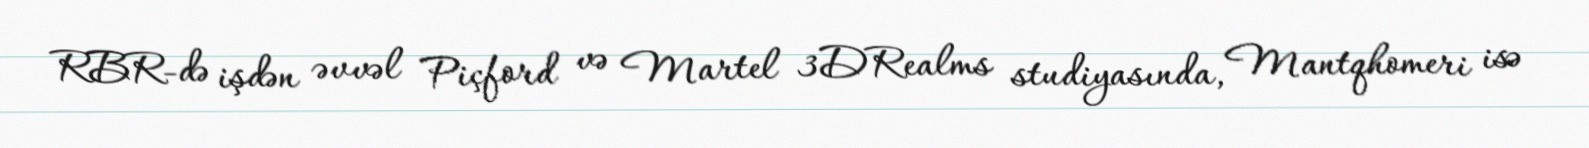
RBR-də işdən əvvəl Piçford və Martel 3DRealms studiyasında, Mantqhomeri isə